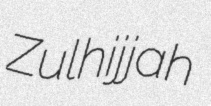
Zulhijjah